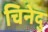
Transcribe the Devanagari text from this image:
चिनेदु